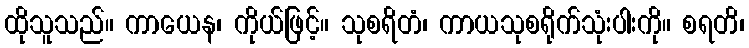
ထိုသူသည်။ ကာယေန၊ ကိုယ်ဖြင့်။ သုစရိတံ၊ ကာယသုစရိုက်သုံးပါးကို။ စရတိ၊